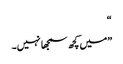
“
”میں کچھ سمجھا نہیں۔